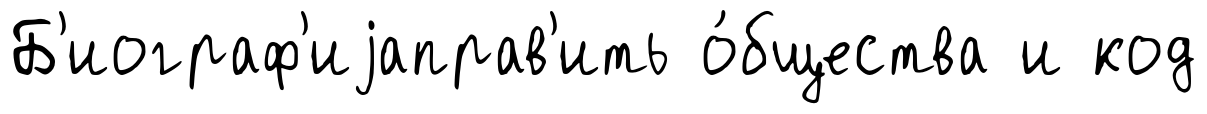
Б'иограф'иjаправ'ить о́бщества и код